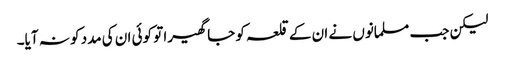
لیکن جب مسلمانوں نے ان کے قلعہ کو جا گھیرا تو کوئی ان کی مدد کو نہ آیا۔